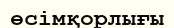
өсімқорлығы